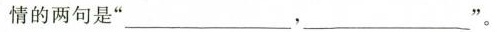
情的两句是”___，___”。